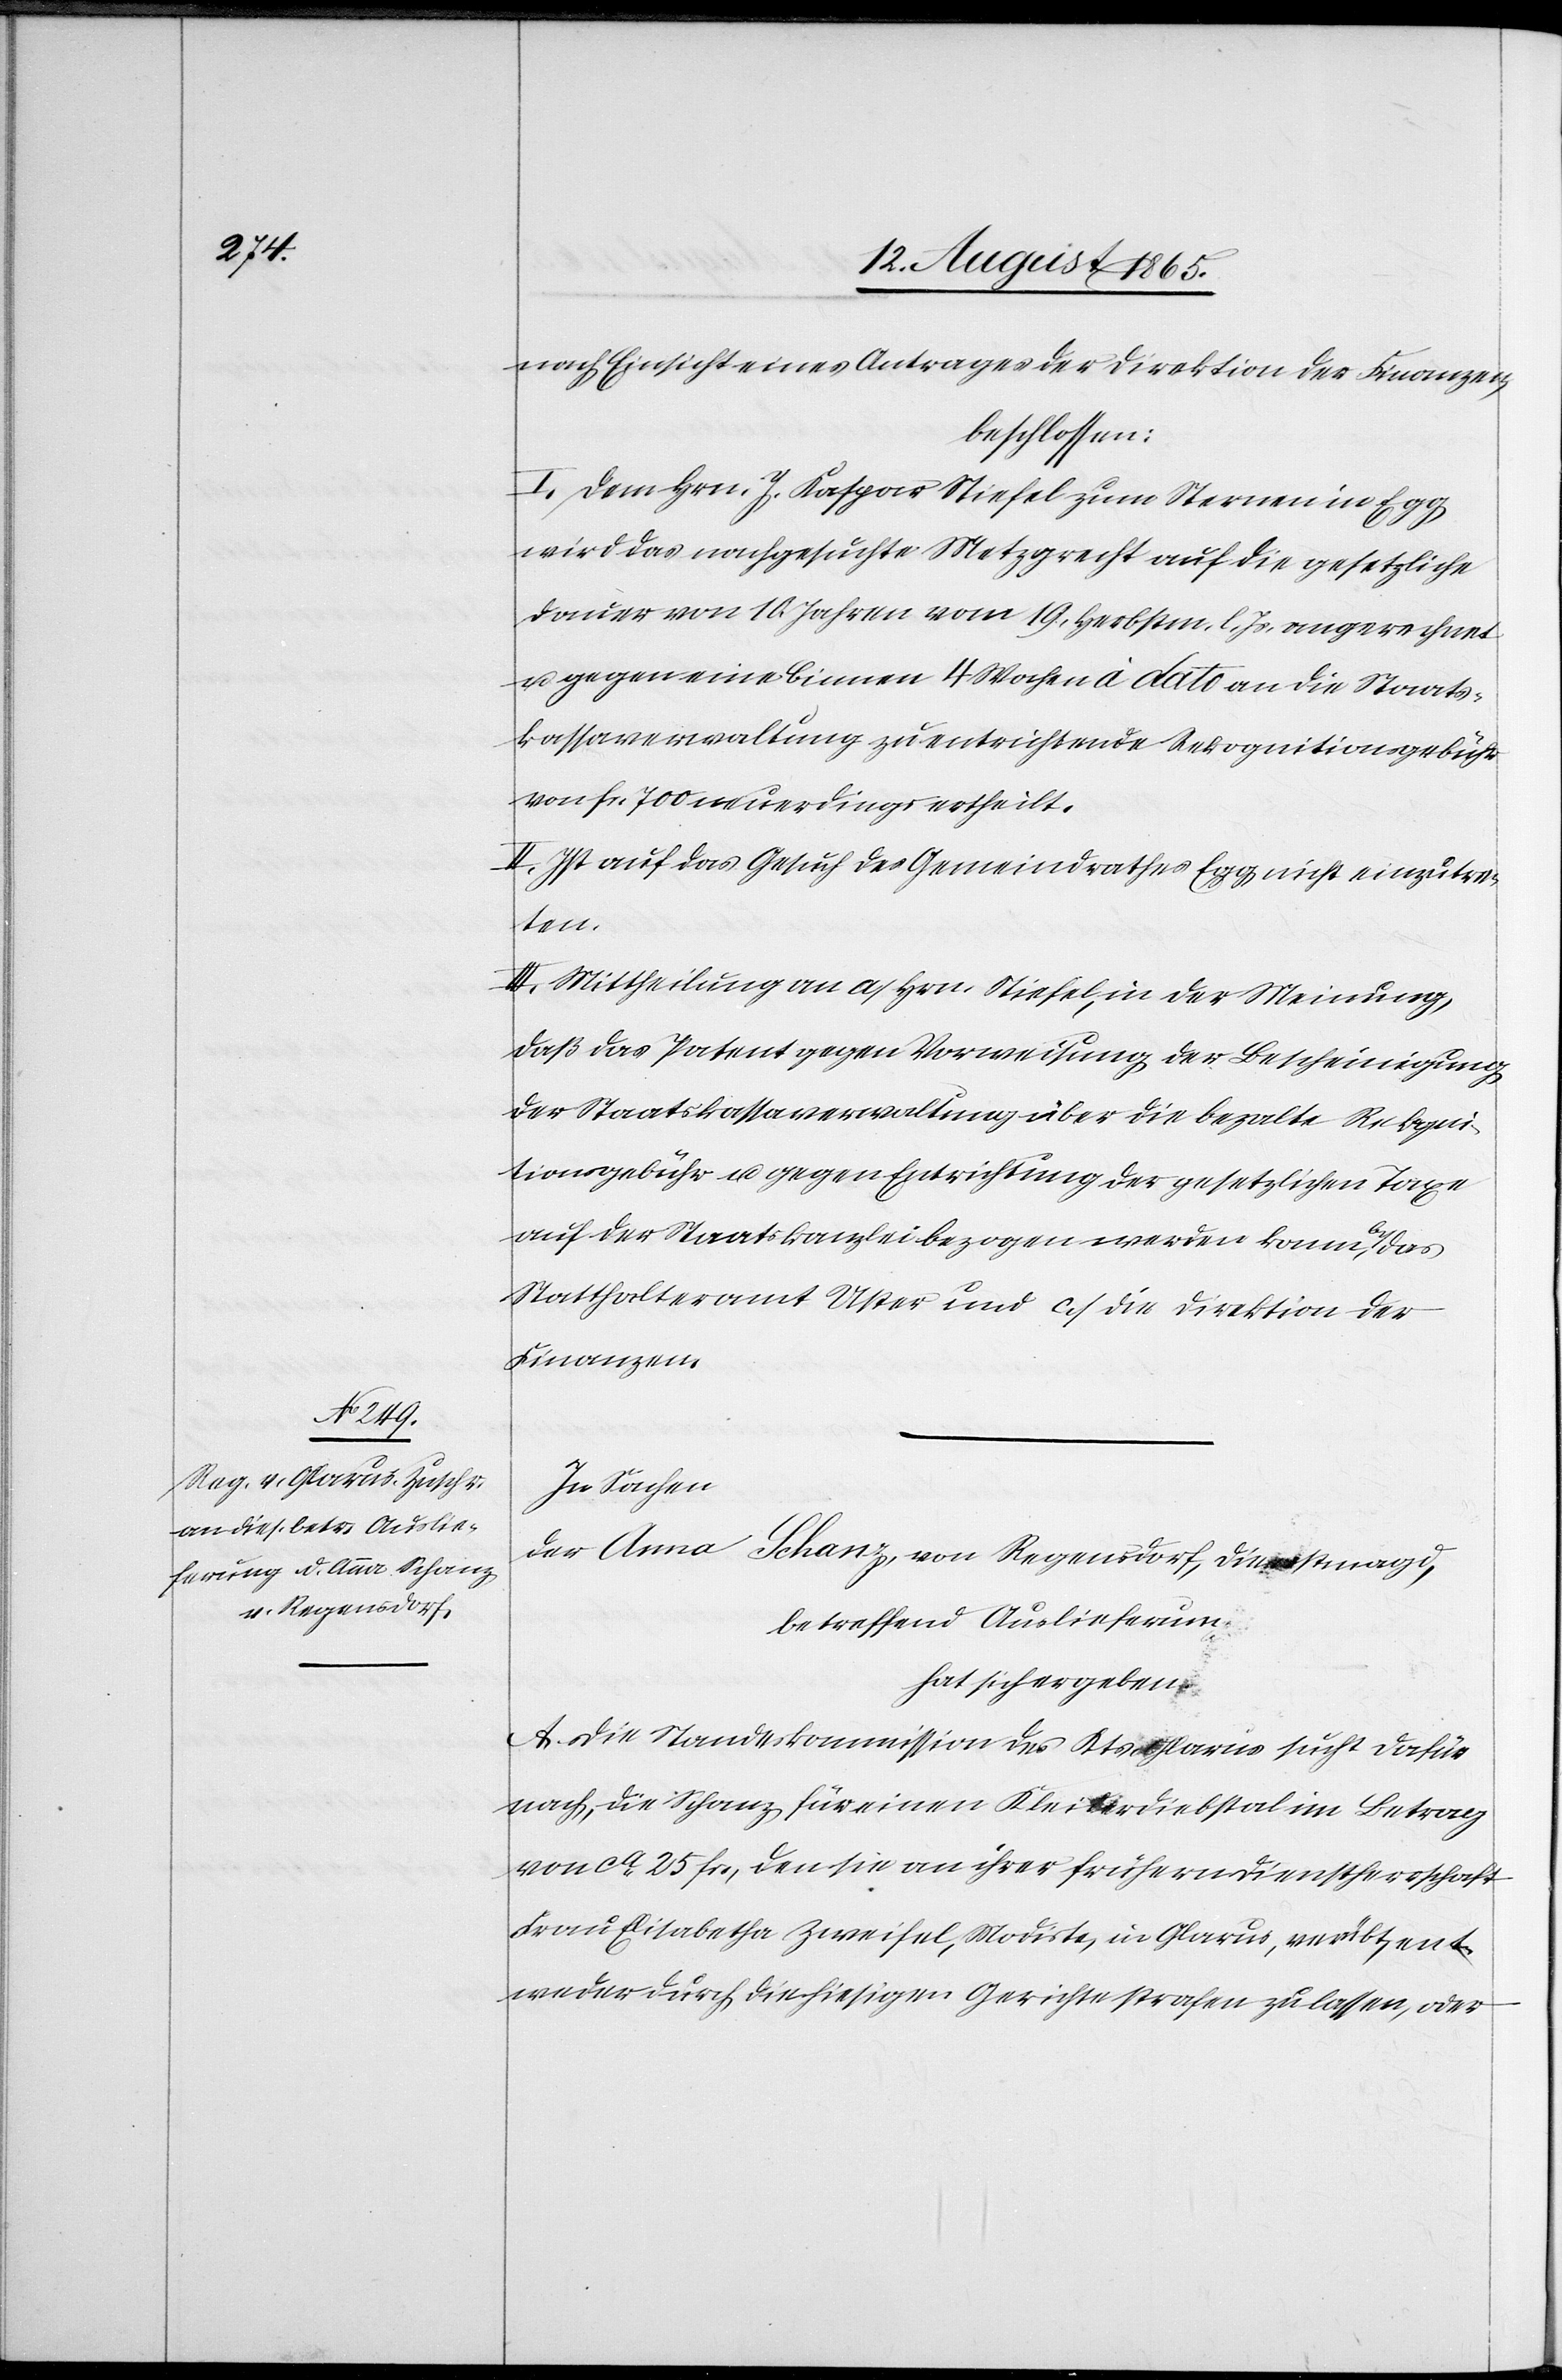
nach Einsicht eines Antrages der Direktion der Finanzen,
beschlossen:
I. Dem Hrn. J. Kaspar Stiefel zum Sternen in Egg
wird das nachgesuchte Metzgrecht auf die gesetzliche
Dauer von 10 Jahren vom 19. Herbstm. l. Js. angerechnet
u. gegen eine binnen 4 Wochen à dato an die Staats¬
kassaverwaltung zu entrichtende Rekognitionsgebühr
von fr. 700 neuerdings ertheilt.
II. Ist auf das Gesuch des Gemeindrathes Egg nicht einzutre¬
ten.
III. Mittheilung an a. Hrn. Stiefel, in der Meinung,
daß das Patent gegen Vorweisung der Bescheinigung
der Staatskassaverwaltung über die bezalte Rekogni¬
tionsgebühr u. gegen Entrichtung der gesetzlichen Taxe
auf der Staatskanzlei bezogen werden kann, b. das
Statthalteramt Uster und c. die Direktion der
Finanzen.
In Sachen
der Anna Schanz, von Regensdorf, Dienstmagd,
betreffend Auslieferung
hat sich ergeben:
A. Die Standeskommission des Kts. Glarus sucht dafür
nach, die Schanz für einen Kleiderdiebstal im Betrag
von ca 25 fr., den sie an ihrer frühern Dienstherrschaft
Frau Elisabetha Zweifel, Modiste, in Glarus, verübt, ent¬
weder durch die hiesigen Gerichte strafen zu lassen, oder